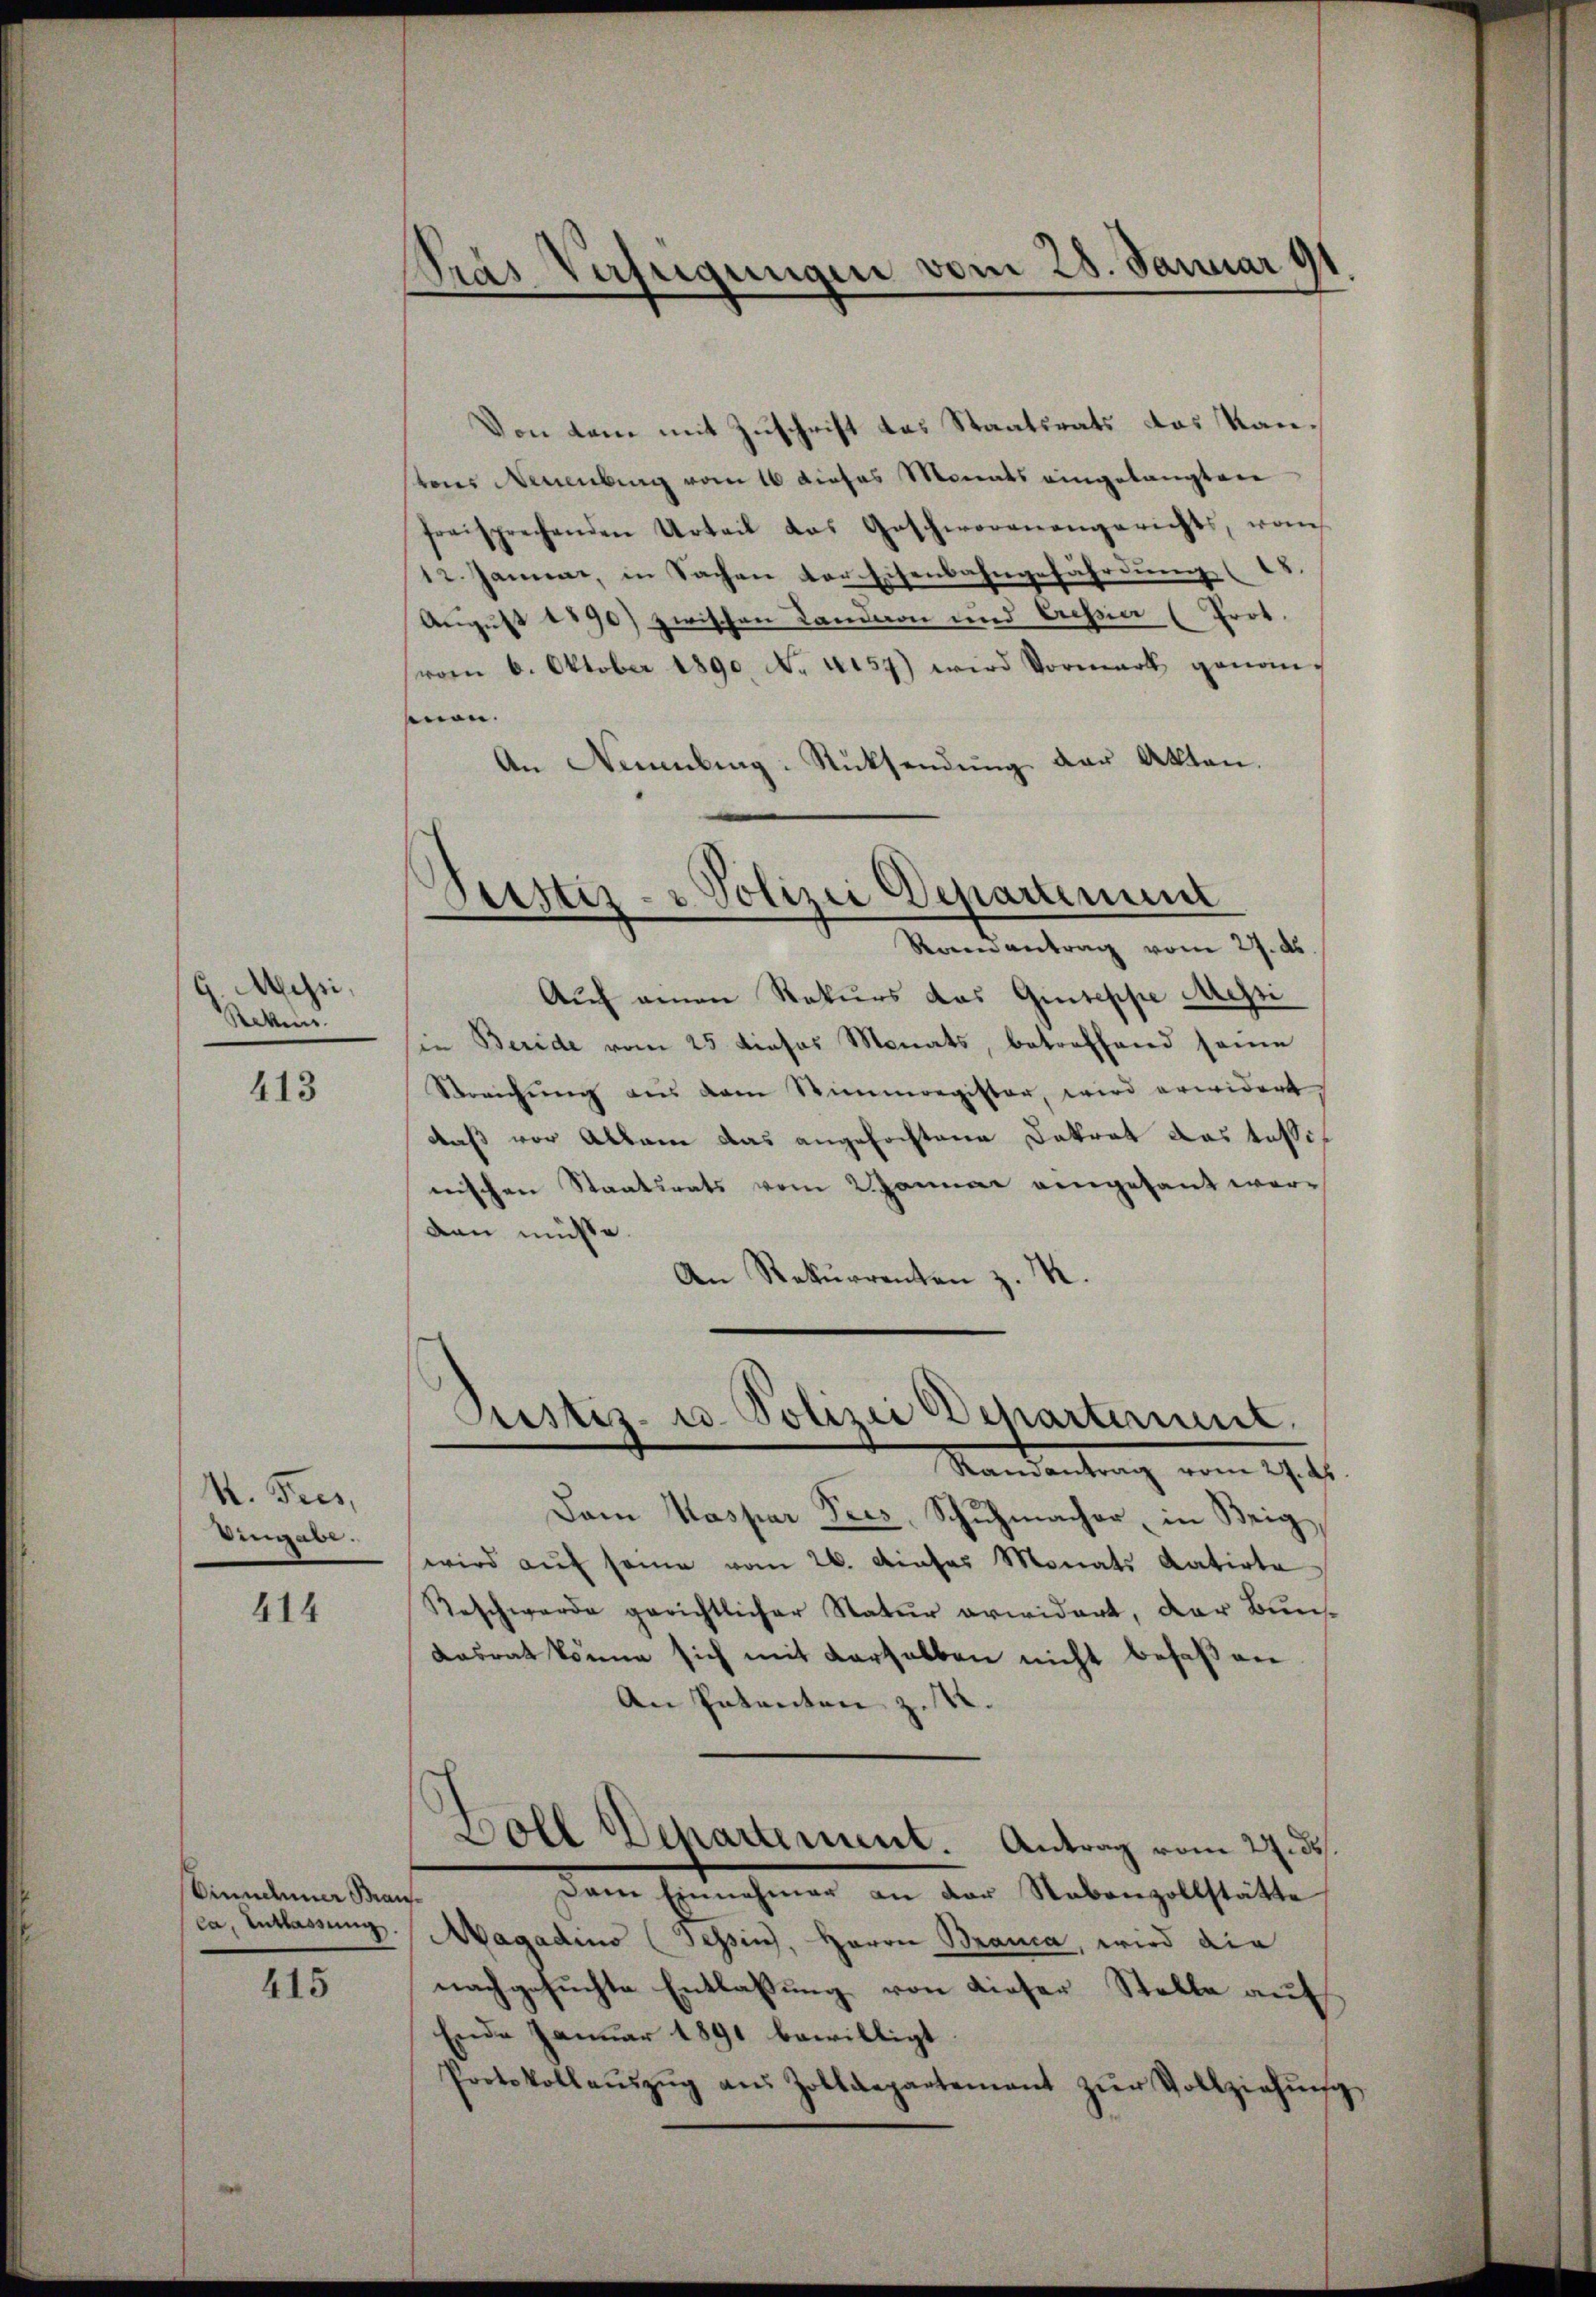
Messi,
Sekun

413

M. Fees,
Eingabe.

414

Dinnderer Bran¬

415

Pras Verfügungen vom 28. Januar 1

Von kam mit Zuschrift das Staatsrats das Kanstons Neuenburg vom 16 dieses Monats eingelangten
freisprechenden Urteil das Geschworenangerichts, von
12. Januar, in Sachen der Eisenbahngefährdung (15.
August 1890) zwischen Landaon und Cessia (Prot.
(vom 6. Oktober 1890. No. 4157) wird Vormark genom-
men.
An Neuenburg-Rücksendung der Akten.
Justiz- & Polizei Departement
Randantrag vom 27. ds.
Auch einen Rekurs das Guteppe Messi
in Beride vom 25 dieses Monats, betreffend seine
Streichŭng aus dem Stimmregister, wird erwidert
daß vor Allam das angefochtene Dekret das tasinischen Staatsrats vom 2 Januar eingesant worden müsse.
An Rekurrenten z. B.

Justiz- u. Polizei Departement

Mandantrag vom 19 t.
Dam Kaspar Sees, Schŭhmacher, in Beig
wird auf seine vom 26. Dieses Monats datirte
Reschwerde gerichtlicher Natur erwidert, der Bun¬
Kasrat könne sich mit derselben nicht besaßen
An Patenten z. 22.
Boll Departement. Antrag vom 27. ds.
Dem Einnehmer an der Stabenzollstätte
ca, Entlassung Magadino (Tessin, Herrn Branca, wird die
nachgesuchte Entlaßung von dieser Stelle auf
Ende Januar 1891 bewilligt
Protokollaŭszŭg aŭs Zolldepartement zŭr Vollziehŭng